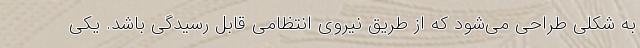
به شکلی طراحی می‌شود که از طریق نیروی انتظامی قابل رسیدگی باشد. یکی